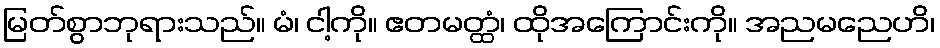
မြတ်စွာဘုရားသည်။ မံ၊ ငါ့ကို။ ဧတမတ္ထံ၊ ထိုအကြောင်းကို။ အညမညေဟိ၊